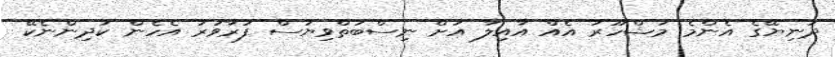
ދުނިޔޭގެ އެންމެ މަޝްހޫރު އެއް އާއިލާ އަށް ނިސްބަތްވިޔަސް ފުރާވަރު އެހެން ކުދިންނެކޭ